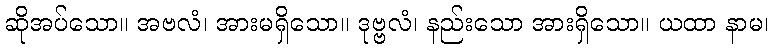
ဆိုအပ်သော။ အဗလံ၊ အားမရှိသော။ ဒုဗ္ဗလံ၊ နည်းသော အားရှိသော။ ယထာ နာမ၊